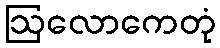
ဩလောကေတုံ